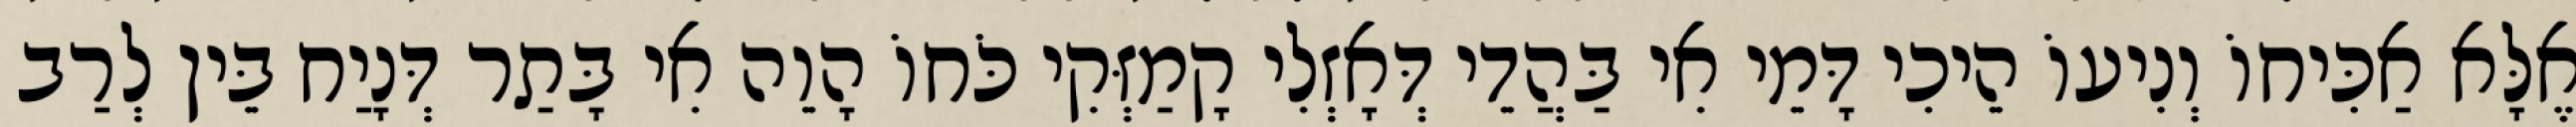
אֶלָּא אַכִּיחוֹ וְנִיעוֹ הֵיכִי דָּמֵי אִי בַּהֲדֵי דְּאָזְלִי קָמַזְּקִי כֹּחוֹ הָוֵה אִי בָּתַר דְּנָיַח בֵּין לְרַב